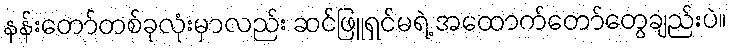
နန်းတော်တစ်ခုလုံးမှာလည်း ဆင်ဖြူရှင်မရဲ့ အထောက်တော်တွေချည်းပဲ။